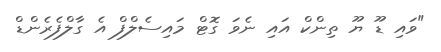
"ވައި ޑޫ ޔޫ ތިންކް އައި ނެވަ ގޮޓް މައިސެލްފް އެ ގާލްފެރެންޑް